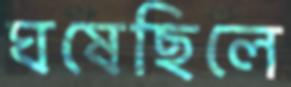
ঘষেছিলে